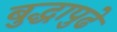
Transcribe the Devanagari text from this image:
बुद्धापुढे